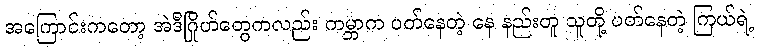
အကြောင်းကတော့ အဲဒီဂြိုဟ်တွေကလည်း ကမ္ဘာက ပတ်နေတဲ့ နေ နည်းတူ သူတို့ ပတ်နေတဲ့ ကြယ်ရဲ့